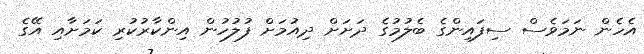
އެހެން ނަމަވެސް ސިފައިންގެ ބެލުމުގެ ދަށަށް ދިއުމަށް ފުލުހުން އިންކާރުކުރި ކަމަށާއި އޭގެ